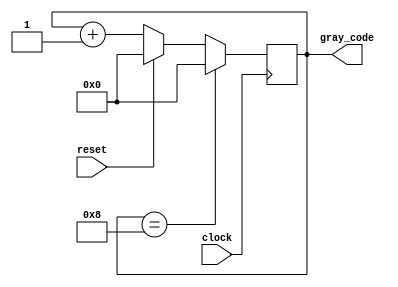
module GrayCodeCounter (
    input clock,
    input reset,
    output reg [3:0] gray_code
);

always @(posedge clock) begin
    if (reset) begin
        gray_code <= 4'b0000;
    end else begin
        gray_code <= gray_code + 1;
    end
    
    if (gray_code == 4'b1000) begin
        gray_code <= 4'b0000;
    end
end

endmodule